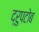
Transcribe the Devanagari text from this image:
द्रुपटोब